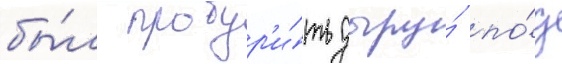
бы́л пробур'и́ть дыру́ по́д